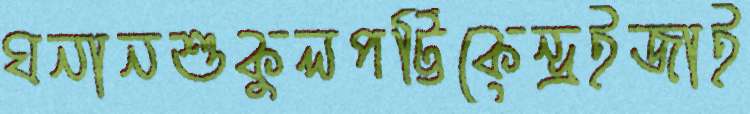
ঘনানশুকুলপট্টিকেন্দ্রইজাই